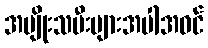
အမျိုးသမီးများအပါအဝင်